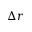
\Delta r